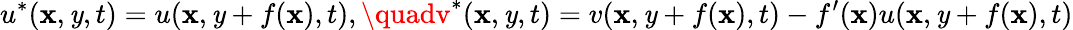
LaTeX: u^{*}(\mathbf{x},\mathit{y},t)=u(\mathbf{x},\mathit{y}+f(\mathbf{x}),t),\quadv^{*}(\mathbf{x},\mathit{y},t)=v(\mathbf{x},\mathit{y}+f(\mathbf{x}),t)-f^{\prime}(\mathbf{x})u(\mathbf{x},\mathit{y}+f(\mathbf{x}),t)